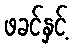
ဖခင်နှင့်